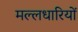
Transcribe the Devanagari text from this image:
मल्लधारियों